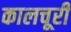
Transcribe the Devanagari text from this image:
कालचूरी